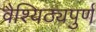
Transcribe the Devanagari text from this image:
वैश्यिठ्यपुर्ण